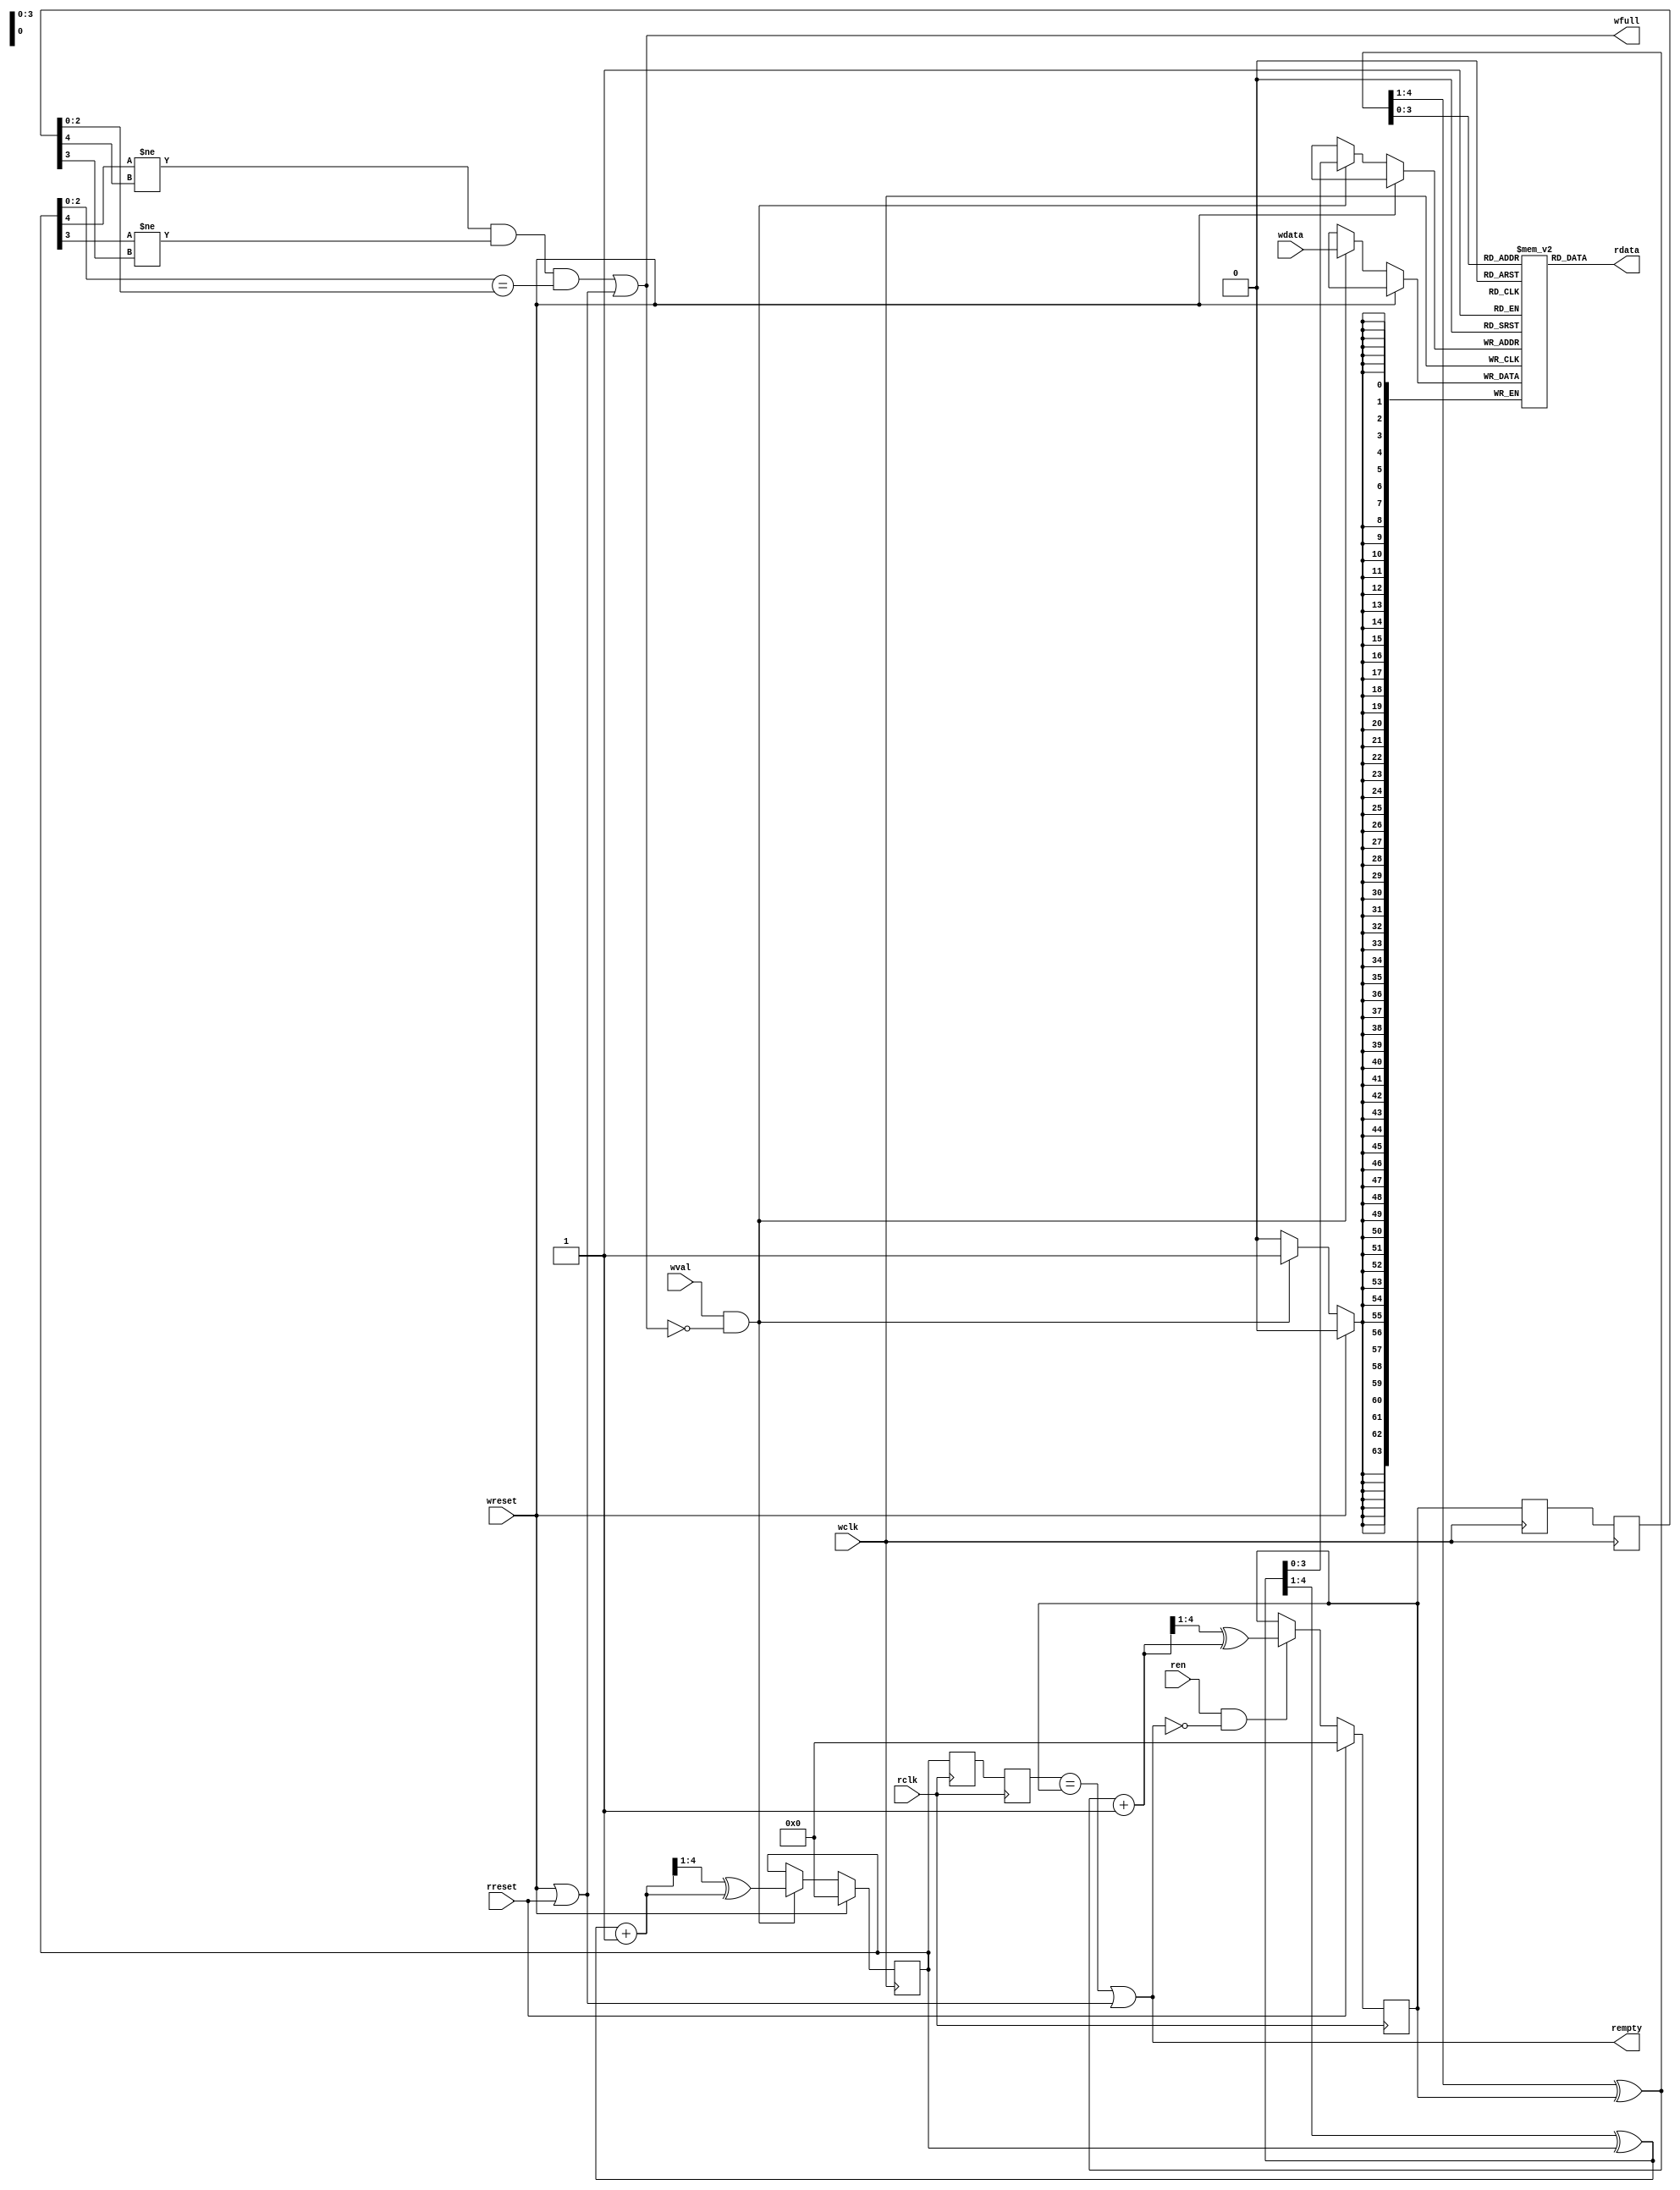
/*
Copyright (c) 2015 Princeton University
All rights reserved.

Redistribution and use in source and binary forms, with or without
modification, are permitted provided that the following conditions are met:
    * Redistributions of source code must retain the above copyright
      notice, this list of conditions and the following disclaimer.
    * Redistributions in binary form must reproduce the above copyright
      notice, this list of conditions and the following disclaimer in the
      documentation and/or other materials provided with the distribution.
    * Neither the name of Princeton University nor the
      names of its contributors may be used to endorse or promote products
      derived from this software without specific prior written permission.

THIS SOFTWARE IS PROVIDED BY PRINCETON UNIVERSITY "AS IS" AND
ANY EXPRESS OR IMPLIED WARRANTIES, INCLUDING, BUT NOT LIMITED TO, THE IMPLIED
WARRANTIES OF MERCHANTABILITY AND FITNESS FOR A PARTICULAR PURPOSE ARE
DISCLAIMED. IN NO EVENT SHALL PRINCETON UNIVERSITY BE LIABLE FOR ANY
DIRECT, INDIRECT, INCIDENTAL, SPECIAL, EXEMPLARY, OR CONSEQUENTIAL DAMAGES
(INCLUDING, BUT NOT LIMITED TO, PROCUREMENT OF SUBSTITUTE GOODS OR SERVICES;
LOSS OF USE, DATA, OR PROFITS; OR BUSINESS INTERRUPTION) HOWEVER CAUSED AND
ON ANY THEORY OF LIABILITY, WHETHER IN CONTRACT, STRICT LIABILITY, OR TORT
(INCLUDING NEGLIGENCE OR OTHERWISE) ARISING IN ANY WAY OUT OF THE USE OF THIS
SOFTWARE, EVEN IF ADVISED OF THE POSSIBILITY OF SUCH DAMAGE.
*/

/********************************************************************
 * 
 * Module encapsulates an asynchronus FIFO used for bridging signals
 * across clock domains, parameters allow for different sized modules
 * compatible with wide range of frequencies.
 *
 * * *******************************************************************/



module async_fifo 
#(
	parameter DSIZE = 64,
	parameter ASIZE = 5,
	parameter MEMSIZE = 16 // should be 2 ^ (ASIZE-1)
)
(
	rdata, 
	rempty,
	rclk,
	ren,
	wdata,
	wfull,
	wclk,
	wval,
	wreset,
	rreset
	);

//Inputs and Outputs
output  [DSIZE-1:0] 	rdata;
output			rempty;
output 			wfull;
input	[DSIZE-1:0]	wdata;
input			wval;
input			ren;
input			rclk;
input			wclk;
input 			wreset;
input			rreset;

//Internal Registers
reg	[ASIZE-1:0]	g_wptr;
reg	[ASIZE-1:0]	g_rptr;

reg	[ASIZE-1:0]	g_rsync1, g_rsync2;
reg	[ASIZE-1:0]	g_wsync1, g_wsync2;

//Memory
reg	[DSIZE-1:0] 	fifo[MEMSIZE-1:0];

wire [ASIZE-1:0] b_wptr;
wire [ASIZE-1:0] b_wptr_next;
wire [ASIZE-1:0] g_wptr_next;
wire [ASIZE-1:0] b_rptr;
wire [ASIZE-1:0] b_rptr_next;
wire [ASIZE-1:0] g_rptr_next;

/********************************************************************
COMBINATIONAL LOGIC
********************************************************************/

//convert gray to binary
assign b_wptr[ASIZE-1:0] = ({1'b0, b_wptr[ASIZE-1:1]} ^ g_wptr[ASIZE-1:0]);
assign b_rptr[ASIZE-1:0] = ({1'b0, b_rptr[ASIZE-1:1]} ^ g_rptr[ASIZE-1:0]);

//increment
assign b_wptr_next = b_wptr + 1;
assign b_rptr_next = b_rptr + 1;

//convert binary to gray
assign g_wptr_next[ASIZE-1:0] = {1'b0, b_wptr_next[ASIZE-1:1]} ^ b_wptr_next[ASIZE-1:0];
assign g_rptr_next[ASIZE-1:0] = {1'b0, b_rptr_next[ASIZE-1:1]} ^ b_rptr_next[ASIZE-1:0];

//full and empty signals
assign wfull =  (g_wptr[ASIZE-1]   != g_rsync2[ASIZE-1]  ) && 
		(g_wptr[ASIZE-2]   != g_rsync2[ASIZE-2]  ) &&
		(g_wptr[ASIZE-3:0] == g_rsync2[ASIZE-3:0]) ||
		(wreset || rreset);

assign rempty =  (g_wsync2[ASIZE-1:0] == g_rptr[ASIZE-1:0]) ||
	         (wreset || rreset);

//output values
assign rdata = fifo[b_rptr[ASIZE-2:0]];

/********************************************************************
SEQUENTIAL LOGIC
********************************************************************/

//transfer register values
always @(posedge rclk) begin
	if (rreset) begin
		g_rptr <= 0;
	end
	else if (ren && !rempty) begin
		g_rptr <= g_rptr_next;
	end

	g_wsync1 <= g_wptr;
	g_wsync2 <= g_wsync1;
end

always @(posedge wclk) begin
	if (wreset) begin
		g_wptr <= 0;
	end
	else if (wval && !wfull) begin
		fifo[b_wptr[ASIZE-2:0]] <= wdata;
		g_wptr <= g_wptr_next;
	end

	g_rsync1 <= g_rptr;
	g_rsync2 <= g_rsync1;

	
end

endmodule
// Copyright (c) 2015 Princeton University
// All rights reserved.
// 
// Redistribution and use in source and binary forms, with or without
// modification, are permitted provided that the following conditions are met:
//     * Redistributions of source code must retain the above copyright
//       notice, this list of conditions and the following disclaimer.
//     * Redistributions in binary form must reproduce the above copyright
//       notice, this list of conditions and the following disclaimer in the
//       documentation and/or other materials provided with the distribution.
//     * Neither the name of Princeton University nor the
//       names of its contributors may be used to endorse or promote products
//       derived from this software without specific prior written permission.
// 
// THIS SOFTWARE IS PROVIDED BY PRINCETON UNIVERSITY "AS IS" AND
// ANY EXPRESS OR IMPLIED WARRANTIES, INCLUDING, BUT NOT LIMITED TO, THE IMPLIED
// WARRANTIES OF MERCHANTABILITY AND FITNESS FOR A PARTICULAR PURPOSE ARE
// DISCLAIMED. IN NO EVENT SHALL PRINCETON UNIVERSITY BE LIABLE FOR ANY
// DIRECT, INDIRECT, INCIDENTAL, SPECIAL, EXEMPLARY, OR CONSEQUENTIAL DAMAGES
// (INCLUDING, BUT NOT LIMITED TO, PROCUREMENT OF SUBSTITUTE GOODS OR SERVICES;
// LOSS OF USE, DATA, OR PROFITS; OR BUSINESS INTERRUPTION) HOWEVER CAUSED AND
// ON ANY THEORY OF LIABILITY, WHETHER IN CONTRACT, STRICT LIABILITY, OR TORT
// (INCLUDING NEGLIGENCE OR OTHERWISE) ARISING IN ANY WAY OUT OF THE USE OF THIS
// SOFTWARE, EVEN IF ADVISED OF THE POSSIBILITY OF SUCH DAMAGE.

// Description: A simple wrapper to infer Xilinx BRAMs for SRAMs, modified to be synthesizable

module bram_1r1w_wrapper 
#(parameter NAME="", DEPTH=1, ADDR_WIDTH=1, BITMASK_WIDTH=1, DATA_WIDTH=1)
(
  input wire MEMCLK,
  input wire RESET_N,
  input wire CEA,
  input wire [ADDR_WIDTH-1:0] AA,
  input wire [ADDR_WIDTH-1:0] AB,

  input wire RDWENA,
  input wire CEB,
  input wire RDWENB,
  input wire [DATA_WIDTH-1:0] BWA,
  input wire [DATA_WIDTH-1:0] DINA,
  output reg [DATA_WIDTH-1:0] DOUTA,
  input wire [DATA_WIDTH-1:0] BWB,
  input wire [DATA_WIDTH-1:0] DINB,
  output wire [DATA_WIDTH-1:0] DOUTB
  // input wire [`BIST_OP_WIDTH-1:0] BIST_COMMAND,
  // input wire [`SRAM_WRAPPER_BUS_WIDTH-1:0] BIST_DIN,
  // output reg [`SRAM_WRAPPER_BUS_WIDTH-1:0] BIST_DOUT,
  // input wire [`BIST_ID_WIDTH-1:0] SRAMID
);

wire                            write_enable_in;
wire                            read_enable_in;

// Temporary storage for write data
reg                             write_enable_in_reg;
reg   [ADDR_WIDTH-1:0    ]      WRITE_ADDRESS_REG;
reg   [ADDR_WIDTH-1:0    ]      WRITE_ADDRESS_REG_muxed;
reg   [BITMASK_WIDTH-1:0 ]      WRITE_BIT_MASK_REG;
reg   [DATA_WIDTH-1:0    ]      DIN_r;
// reg   [DATA_WIDTH-1:0    ]      DOUTB_r;

reg                             read_enable_in_reg;

reg   [DATA_WIDTH-1:0    ]      bram_data_in_r;

wire                            bram_write_en;
reg                            bram_write_en_muxed;
wire                            bram_read_en;
wire                            bram_write_read_en;
reg  [DATA_WIDTH-1:0    ]      bram_data_write_read_out_reg;
reg  [DATA_WIDTH-1:0    ]      bram_data_read_out_reg;
reg  [DATA_WIDTH-1:0    ]      bram_data_in;
reg  [DATA_WIDTH-1:0    ]      bram_data_in_muxed;
wire  [DATA_WIDTH-1:0    ]      last_wrote_data;
wire                            rw_conflict;
reg                             rw_conflict_r;
wire                            ww_conflict;
reg                             ww_conflict_r;

/* renaming signals */
assign read_enable_in    = CEA & (RDWENA == 1'b1);
assign write_enable_in   = CEB & (RDWENB == 1'b0);
wire [ADDR_WIDTH-1:0    ] READ_ADDRESS = AA;
wire [ADDR_WIDTH-1:0    ] WRITE_ADDRESS = AB;
wire [BITMASK_WIDTH-1:0    ] WRITE_BIT_MASK = BWB;

// Intermediate logic for write processing
always @(posedge MEMCLK) begin
  write_enable_in_reg <= write_enable_in;
  WRITE_ADDRESS_REG   <= WRITE_ADDRESS;
  WRITE_BIT_MASK_REG  <= WRITE_BIT_MASK;
  DIN_r <= DINB;
  read_enable_in_reg  <= read_enable_in;
  bram_data_in_r <= bram_data_in;
  rw_conflict_r  <= rw_conflict;
  ww_conflict_r  <= ww_conflict;
  // DOUTB_r  <= DOUTB;
end

// determining read-write and write-write conflict for data bypassing
assign rw_conflict      = write_enable_in_reg & read_enable_in & (WRITE_ADDRESS_REG == READ_ADDRESS);
assign ww_conflict      = write_enable_in_reg & write_enable_in & (WRITE_ADDRESS_REG == WRITE_ADDRESS);
assign DOUTB = {DATA_WIDTH{1'bx}}; // port B is always used for write

// calculate the correct read and write data after accoutning for conflicts
always @ * begin
  bram_data_in = (DIN_r & WRITE_BIT_MASK_REG);
  if (ww_conflict_r)
    bram_data_in = bram_data_in | (bram_data_in_r & ~WRITE_BIT_MASK_REG);
  else
    bram_data_in = bram_data_in | (bram_data_write_read_out_reg & ~WRITE_BIT_MASK_REG);
  

  // note: DOUT retains value if read enable is not asserted
  // which is why default value is not set for DOUT
  if (read_enable_in_reg) begin
    DOUTA = bram_data_read_out_reg; 
    if (rw_conflict_r) begin
      DOUTA = bram_data_in_r;
    end
  end
end

// synthesizable BRAM
assign bram_write_en      = write_enable_in_reg;
assign bram_read_en         = (read_enable_in) & ~rw_conflict;             // do not read in case of a conflict
assign bram_write_read_en         = (write_enable_in) & ~ww_conflict;             // do not read in case of a conflict

reg [DATA_WIDTH-1:0] ram [DEPTH-1:0];
// reg [%d-1:0] bram_data_write_read_out_reg;
always @(posedge MEMCLK) begin
  if (bram_write_en_muxed) begin
    ram[WRITE_ADDRESS_REG_muxed] <= bram_data_in_muxed;
  end
  if (bram_read_en) begin
    bram_data_read_out_reg <= ram[READ_ADDRESS];
  end
  if (bram_write_read_en) begin
    bram_data_write_read_out_reg <= ram[WRITE_ADDRESS];
  end
end
// END BRAM


/* BIST logic for resetting RAM content to 0s on reset*/
localparam INIT_STATE = 1'd0;
localparam DONE_STATE  = 1'd1;

reg [ADDR_WIDTH-1:0] bist_index;
reg [ADDR_WIDTH-1:0] bist_index_next;
reg init_done;
reg init_done_next;

always @ (posedge MEMCLK)
begin
   if (!RESET_N)
   begin
      bist_index <= 0;
      init_done <= 0;
   end
   else
   begin
      bist_index <= bist_index_next;
      init_done <= init_done_next;
   end
end

always @ *
begin
   bist_index_next = init_done ? bist_index : bist_index + 1;
   init_done_next = ((|(~bist_index)) == 0) | init_done;
end

// MUX for BIST
always @ *
begin
   if (!init_done)
   begin
      WRITE_ADDRESS_REG_muxed = bist_index;
      bram_write_en_muxed = 1'b1;
      bram_data_in_muxed = {DATA_WIDTH{1'b0}};
   end
   else
   begin
      WRITE_ADDRESS_REG_muxed = WRITE_ADDRESS_REG;
      bram_write_en_muxed = bram_write_en;
      bram_data_in_muxed = bram_data_in;
   end
end


endmodule
// Copyright (c) 2015 Princeton University
// All rights reserved.
// 
// Redistribution and use in source and binary forms, with or without
// modification, are permitted provided that the following conditions are met:
//     * Redistributions of source code must retain the above copyright
//       notice, this list of conditions and the following disclaimer.
//     * Redistributions in binary form must reproduce the above copyright
//       notice, this list of conditions and the following disclaimer in the
//       documentation and/or other materials provided with the distribution.
//     * Neither the name of Princeton University nor the
//       names of its contributors may be used to endorse or promote products
//       derived from this software without specific prior written permission.
// 
// THIS SOFTWARE IS PROVIDED BY PRINCETON UNIVERSITY "AS IS" AND
// ANY EXPRESS OR IMPLIED WARRANTIES, INCLUDING, BUT NOT LIMITED TO, THE IMPLIED
// WARRANTIES OF MERCHANTABILITY AND FITNESS FOR A PARTICULAR PURPOSE ARE
// DISCLAIMED. IN NO EVENT SHALL PRINCETON UNIVERSITY BE LIABLE FOR ANY
// DIRECT, INDIRECT, INCIDENTAL, SPECIAL, EXEMPLARY, OR CONSEQUENTIAL DAMAGES
// (INCLUDING, BUT NOT LIMITED TO, PROCUREMENT OF SUBSTITUTE GOODS OR SERVICES;
// LOSS OF USE, DATA, OR PROFITS; OR BUSINESS INTERRUPTION) HOWEVER CAUSED AND
// ON ANY THEORY OF LIABILITY, WHETHER IN CONTRACT, STRICT LIABILITY, OR TORT
// (INCLUDING NEGLIGENCE OR OTHERWISE) ARISING IN ANY WAY OUT OF THE USE OF THIS
// SOFTWARE, EVEN IF ADVISED OF THE POSSIBILITY OF SUCH DAMAGE.

// Description: A simple wrapper to infer Xilinx BRAMs for SRAMs

module bram_1rw_wrapper 
#(parameter NAME="", DEPTH=1, ADDR_WIDTH=1, BITMASK_WIDTH=1, DATA_WIDTH=1)
(
    input                         MEMCLK,
    input wire RESET_N,
    input                         CE,
    input   [ADDR_WIDTH-1:0]      A,
    input                         RDWEN,
    input   [BITMASK_WIDTH-1:0]   BW,
    input   [DATA_WIDTH-1:0]      DIN,
    output  [DATA_WIDTH-1:0]      DOUT
);

wire                            write_en;
wire                            read_en;

// Temporary storage for write data
reg                             wen_r;
reg   [ADDR_WIDTH-1:0    ]      A_r;
reg   [BITMASK_WIDTH-1:0 ]      BW_r;
reg   [DATA_WIDTH-1:0    ]      DIN_r;
reg   [DATA_WIDTH-1:0    ]      DOUT_r;

reg                             ren_r;

reg   [DATA_WIDTH-1:0    ]      bram_data_in_r;

wire                            bram_wen;
wire                            bram_ren;
reg  [DATA_WIDTH-1:0    ]      bram_data_out;
wire  [DATA_WIDTH-1:0    ]      bram_data_in;
wire  [DATA_WIDTH-1:0    ]      up_to_date_data;
wire                            rw_conflict;
reg                             rw_conflict_r;



reg   [ADDR_WIDTH-1:0    ]      WRITE_ADDRESS_REG_muxed;
reg                            bram_write_en_muxed;
reg  [DATA_WIDTH-1:0    ]      bram_data_in_muxed;

assign write_en   = CE & (RDWEN == 1'b0);
assign read_en    = CE & (RDWEN == 1'b1);


// Intermediate logic for write processing
always @(posedge MEMCLK) begin
   wen_r <= write_en;
   A_r   <= A;
   BW_r  <= BW;
   DIN_r <= DIN;
end

always @(posedge MEMCLK) begin
  ren_r  <= read_en;
end

always @(posedge MEMCLK)
   bram_data_in_r <= bram_data_in;

always @(posedge MEMCLK)
   rw_conflict_r  <= rw_conflict;

always @(posedge MEMCLK)
  DOUT_r  <= DOUT;

assign bram_data_in = (up_to_date_data & ~BW_r) | (DIN_r & BW_r);

// processing of read in case if it just in the next cycle after read to the same address
assign rw_conflict      = wen_r & CE & (A_r == A);                         // read or write to the same address
assign up_to_date_data  = rw_conflict_r ? bram_data_in_r : bram_data_out;  // delay of mem is 1 cycle
assign bram_ren         = (read_en | write_en) & ~rw_conflict;             // do not read in case of a conflict
                                                                        // to make behaviour of a memory robust
assign bram_wen      = wen_r;

assign DOUT          = ren_r ? up_to_date_data : DOUT_r;

// BRAM
reg [DATA_WIDTH-1:0] ram [DEPTH-1:0];
// reg [%d-1:0] bram_data_out;
always @(posedge MEMCLK) begin
  if (bram_write_en_muxed) begin
      ram[WRITE_ADDRESS_REG_muxed] <= bram_data_in_muxed;
  end
  if (bram_ren) begin
    bram_data_out <= ram[A];
  end
end
// END BRAM

 // undefined by default

/* BIST logic for resetting RAM content to 0s on reset*/
localparam INIT_STATE = 1'd0;
localparam DONE_STATE  = 1'd1;

reg [ADDR_WIDTH-1:0] bist_index;
reg [ADDR_WIDTH-1:0] bist_index_next;
reg init_done;
reg init_done_next;

always @ (posedge MEMCLK)
begin
   if (!RESET_N)
   begin
      bist_index <= 0;
      init_done <= 0;
   end
   else
   begin
      bist_index <= bist_index_next;
      init_done <= init_done_next;
   end
end

always @ *
begin
   bist_index_next = init_done ? bist_index : bist_index + 1;
   init_done_next = ((|(~bist_index)) == 0) | init_done;
end

// MUX for BIST
always @ *
begin
   if (!init_done)
   begin
      WRITE_ADDRESS_REG_muxed = bist_index;
      bram_write_en_muxed = 1'b1;
      bram_data_in_muxed = {DATA_WIDTH{1'b0}};
   end
   else
   begin
      WRITE_ADDRESS_REG_muxed = A_r;
      bram_write_en_muxed = bram_wen;
      bram_data_in_muxed = bram_data_in;
   end
end













endmodule
// Copyright (c) 2015 Princeton University
// All rights reserved.
//
// Redistribution and use in source and binary forms, with or without
// modification, are permitted provided that the following conditions are met:
//     * Redistributions of source code must retain the above copyright
//       notice, this list of conditions and the following disclaimer.
//     * Redistributions in binary form must reproduce the above copyright
//       notice, this list of conditions and the following disclaimer in the
//       documentation and/or other materials provided with the distribution.
//     * Neither the name of Princeton University nor the
//       names of its contributors may be used to endorse or promote products
//       derived from this software without specific prior written permission.
//
// THIS SOFTWARE IS PROVIDED BY PRINCETON UNIVERSITY "AS IS" AND
// ANY EXPRESS OR IMPLIED WARRANTIES, INCLUDING, BUT NOT LIMITED TO, THE IMPLIED
// WARRANTIES OF MERCHANTABILITY AND FITNESS FOR A PARTICULAR PURPOSE ARE
// DISCLAIMED. IN NO EVENT SHALL PRINCETON UNIVERSITY BE LIABLE FOR ANY
// DIRECT, INDIRECT, INCIDENTAL, SPECIAL, EXEMPLARY, OR CONSEQUENTIAL DAMAGES
// (INCLUDING, BUT NOT LIMITED TO, PROCUREMENT OF SUBSTITUTE GOODS OR SERVICES;
// LOSS OF USE, DATA, OR PROFITS; OR BUSINESS INTERRUPTION) HOWEVER CAUSED AND
// ON ANY THEORY OF LIABILITY, WHETHER IN CONTRACT, STRICT LIABILITY, OR TORT
// (INCLUDING NEGLIGENCE OR OTHERWISE) ARISING IN ANY WAY OUT OF THE USE OF THIS
// SOFTWARE, EVEN IF ADVISED OF THE POSSIBILITY OF SUCH DAMAGE.

//==================================================================================================
//  Revision      :
//  Company       : Princeton University
//
//  Description   :
//==================================================================================================





module synchronizer (
    clk,
    presyncdata,
    syncdata
    );

// synopsys template
parameter SIZE = 1;

input wire clk;
input wire [SIZE-1:0] presyncdata;
output reg [SIZE-1:0] syncdata;













  reg [SIZE-1:0] presyncdata_tmp;



    // bw_u1_syncff_4x u_synchronizer_syncff [SIZE-1:0](.q(presyncdata_tmp),
    //                  .so(),
    //                  .ck(clk),
    //                  .d(presyncdata),
    //                  .sd(),
    //                  .se(1'b0)
    //                  );

    // bw_u1_soff_2x u_synchronizer_ff[SIZE-1:0] (.q(syncdata),
    //                  .so(),
    //                  .ck(clk),
    //                  .d(presyncdata_tmp),
    //                  .sd(),
    //                  .se(1'b0)
    //                  );

always @ (posedge clk)
begin
    presyncdata_tmp <= presyncdata;
    syncdata        <= presyncdata_tmp;
end

endmodule

/*
Copyright (c) 2015 Princeton University
All rights reserved.

Redistribution and use in source and binary forms, with or without
modification, are permitted provided that the following conditions are met:
    * Redistributions of source code must retain the above copyright
      notice, this list of conditions and the following disclaimer.
    * Redistributions in binary form must reproduce the above copyright
      notice, this list of conditions and the following disclaimer in the
      documentation and/or other materials provided with the distribution.
    * Neither the name of Princeton University nor the
      names of its contributors may be used to endorse or promote products
      derived from this software without specific prior written permission.

THIS SOFTWARE IS PROVIDED BY PRINCETON UNIVERSITY "AS IS" AND
ANY EXPRESS OR IMPLIED WARRANTIES, INCLUDING, BUT NOT LIMITED TO, THE IMPLIED
WARRANTIES OF MERCHANTABILITY AND FITNESS FOR A PARTICULAR PURPOSE ARE
DISCLAIMED. IN NO EVENT SHALL PRINCETON UNIVERSITY BE LIABLE FOR ANY
DIRECT, INDIRECT, INCIDENTAL, SPECIAL, EXEMPLARY, OR CONSEQUENTIAL DAMAGES
(INCLUDING, BUT NOT LIMITED TO, PROCUREMENT OF SUBSTITUTE GOODS OR SERVICES;
LOSS OF USE, DATA, OR PROFITS; OR BUSINESS INTERRUPTION) HOWEVER CAUSED AND
ON ANY THEORY OF LIABILITY, WHETHER IN CONTRACT, STRICT LIABILITY, OR TORT
(INCLUDING NEGLIGENCE OR OTHERWISE) ARISING IN ANY WAY OUT OF THE USE OF THIS
SOFTWARE, EVEN IF ADVISED OF THE POSSIBILITY OF SUCH DAMAGE.
*/

//==================================================================================================
//  Revision      :
//  Company       : Princeton University
//
//  Description   : A replacement for async fifo in case it doesn't work
//  Note          : It uses positive reset to be consistant with Sam's async fifo
//
//==================================================================================================


module sync_fifo 
#(
	parameter DSIZE = 64,
	parameter ASIZE = 5,
	parameter MEMSIZE = 16 // should be 2 ^ (ASIZE-1)
)
(
	rdata, 
	empty,
	clk,
	ren,
	wdata,
	full,
	wval,
	reset
	);

//Inputs and Outputs
output reg [DSIZE-1:0] 	rdata;
output reg			empty;
output reg			full;
input	[DSIZE-1:0]	wdata;
input			wval;
input			ren;
input			clk;
input 			reset;


reg [DSIZE-1:0] sync_buf_mem_f [MEMSIZE-1:0];
reg [ASIZE:0] sync_buf_counter_f;
reg [ASIZE:0] sync_buf_counter_next;
reg [ASIZE-2:0] sync_rd_ptr_f;
reg [ASIZE-2:0] sync_rd_ptr_next;
reg [ASIZE-2:0] sync_wr_ptr_f;
reg [ASIZE-2:0] sync_wr_ptr_next;

always @ *
begin
    empty = (sync_buf_counter_f == 0);
    full =  (sync_buf_counter_f ==  MEMSIZE);
end

always @ *
begin
    if (reset)
    begin
        sync_buf_counter_next = 0;
    end
    else if ((wval && !full) && (ren && !empty))
    begin
        sync_buf_counter_next = sync_buf_counter_f;
    end
    else if (wval && !full)
    begin
        sync_buf_counter_next = sync_buf_counter_f + 1;
    end
    else if (ren && !empty)
    begin
        sync_buf_counter_next = sync_buf_counter_f - 1;
    end
    else
    begin
        sync_buf_counter_next = sync_buf_counter_f;
    end
end


always @ (posedge clk)
begin
    sync_buf_counter_f <= sync_buf_counter_next;
end


always @ *
begin
    if (reset)
    begin   
        sync_rd_ptr_next = 0;
    end
    else if (ren && !empty)
    begin
        sync_rd_ptr_next = sync_rd_ptr_f + 1;
    end
    else
    begin
        sync_rd_ptr_next = sync_rd_ptr_f;
    end
end

always @ (posedge clk)
begin
    sync_rd_ptr_f <= sync_rd_ptr_next;
end

always @ *
begin
    if (reset)
    begin   
        sync_wr_ptr_next = 0;
    end
    else if (wval && !full)
    begin
        sync_wr_ptr_next = sync_wr_ptr_f + 1;
    end
    else
    begin
        sync_wr_ptr_next = sync_wr_ptr_f;
    end
end


always @ (posedge clk)
begin
    sync_wr_ptr_f <= sync_wr_ptr_next;
end

always @ *
begin
    rdata = sync_buf_mem_f[sync_rd_ptr_f];
end

always @ (posedge clk)
begin
    if (wval && !full)
    begin
        sync_buf_mem_f[sync_wr_ptr_f] <= wdata;
    end
    else
    begin 
        sync_buf_mem_f[sync_wr_ptr_f] <= sync_buf_mem_f[sync_wr_ptr_f];
    end
end



endmodule
/*
Copyright (c) 2015 Princeton University
All rights reserved.

Redistribution and use in source and binary forms, with or without
modification, are permitted provided that the following conditions are met:
    * Redistributions of source code must retain the above copyright
      notice, this list of conditions and the following disclaimer.
    * Redistributions in binary form must reproduce the above copyright
      notice, this list of conditions and the following disclaimer in the
      documentation and/or other materials provided with the distribution.
    * Neither the name of Princeton University nor the
      names of its contributors may be used to endorse or promote products
      derived from this software without specific prior written permission.

THIS SOFTWARE IS PROVIDED BY PRINCETON UNIVERSITY "AS IS" AND
ANY EXPRESS OR IMPLIED WARRANTIES, INCLUDING, BUT NOT LIMITED TO, THE IMPLIED
WARRANTIES OF MERCHANTABILITY AND FITNESS FOR A PARTICULAR PURPOSE ARE
DISCLAIMED. IN NO EVENT SHALL PRINCETON UNIVERSITY BE LIABLE FOR ANY
DIRECT, INDIRECT, INCIDENTAL, SPECIAL, EXEMPLARY, OR CONSEQUENTIAL DAMAGES
(INCLUDING, BUT NOT LIMITED TO, PROCUREMENT OF SUBSTITUTE GOODS OR SERVICES;
LOSS OF USE, DATA, OR PROFITS; OR BUSINESS INTERRUPTION) HOWEVER CAUSED AND
ON ANY THEORY OF LIABILITY, WHETHER IN CONTRACT, STRICT LIABILITY, OR TORT
(INCLUDING NEGLIGENCE OR OTHERWISE) ARISING IN ANY WAY OUT OF THE USE OF THIS
SOFTWARE, EVEN IF ADVISED OF THE POSSIBILITY OF SUCH DAMAGE.
*/

/********************************************************************
 * 
 * Module encapsulates the off chip receive interface for networks 
 * 1, 2 and 3. packets received are 64 bits wide, received in 2 
 * 32-bit payloads.
 *
 *******************************************************************/

// Copyright (c) 2015 Princeton University
// All rights reserved.
//
// Redistribution and use in source and binary forms, with or without
// modification, are permitted provided that the following conditions are met:
//     * Redistributions of source code must retain the above copyright
//       notice, this list of conditions and the following disclaimer.
//     * Redistributions in binary form must reproduce the above copyright
//       notice, this list of conditions and the following disclaimer in the
//       documentation and/or other materials provided with the distribution.
//     * Neither the name of Princeton University nor the
//       names of its contributors may be used to endorse or promote products
//       derived from this software without specific prior written permission.
//
// THIS SOFTWARE IS PROVIDED BY PRINCETON UNIVERSITY "AS IS" AND
// ANY EXPRESS OR IMPLIED WARRANTIES, INCLUDING, BUT NOT LIMITED TO, THE IMPLIED
// WARRANTIES OF MERCHANTABILITY AND FITNESS FOR A PARTICULAR PURPOSE ARE
// DISCLAIMED. IN NO EVENT SHALL PRINCETON UNIVERSITY BE LIABLE FOR ANY
// DIRECT, INDIRECT, INCIDENTAL, SPECIAL, EXEMPLARY, OR CONSEQUENTIAL DAMAGES
// (INCLUDING, BUT NOT LIMITED TO, PROCUREMENT OF SUBSTITUTE GOODS OR SERVICES;
// LOSS OF USE, DATA, OR PROFITS; OR BUSINESS INTERRUPTION) HOWEVER CAUSED AND
// ON ANY THEORY OF LIABILITY, WHETHER IN CONTRACT, STRICT LIABILITY, OR TORT
// (INCLUDING NEGLIGENCE OR OTHERWISE) ARISING IN ANY WAY OUT OF THE USE OF THIS
// SOFTWARE, EVEN IF ADVISED OF THE POSSIBILITY OF SUCH DAMAGE.

// Header file for FPGA and system level macros

// Generally, if doing FPGA synth, certain things
// are not needed or are fixed, always.  These
// can be used for other purposes though



 // endif PITON_FPGA_SYNTH

// If we are doing FPGA prototype,
// at least for now, all prototypes
// include chip+chipset in same FPGA,
// include a real io_ctrl module,
// include a UART (not necessarily for boot),
// and include an SPI (not always used for boot,
// but for top-level constraints I/Os are needed)
// so the following macros always apply







































 // PITON_NOC_POWER_CHIPSET_TEST

// If we are synthesizing chipset
// for use with piton ASIC, we need
// these macros







 // endif PITON_ASIC_CHIPSET






  // PITON_BOARD_CHIPSET

// If we are synthesizing the chip
// only for FPGA, we need to use these
// macros






    
 // endif PITON_CLKS_PASSTHRU
 // endif PITON_CLKS_CHIPSET














// Nexys4ddr and NexysVideo has single ended clock input

// Reset is active high on VC707 and VCU118















// If PITON_FPGA_SD_BOOT is set we should always include SPI


 // endif PITON_FPGA_SD_BOOT

// If PITONSYS_UART_BOOT is set, we should always include a UART


 // endif PITONSYS_UART_BOOT







`timescale 1ns/1ps

module chip_bridge_in (
    rst, 
    wr_clk,
    rd_clk,
    async_mux,
    bout_data_1,
    bout_val_1,
    bout_rdy_1,
    bout_data_2,
    bout_val_2,
    bout_rdy_2,
    bout_data_3,
    bout_val_3,
    bout_rdy_3,
    data_from_fpga,
    data_channel,
    credit_to_fpga
); 

input rst;
input wr_clk;
input rd_clk;
input async_mux;
input bout_rdy_1;
input bout_rdy_2;
input bout_rdy_3;
input [31:0] data_from_fpga;
input [ 1:0] data_channel;

output [63:0]   bout_data_1;
output          bout_val_1;
output [63:0]   bout_data_2;
output          bout_val_2;
output [63:0]   bout_data_3;
output          bout_val_3;
output [2:0]    credit_to_fpga;


wire [63:0] async_bout_data_1;
wire [63:0] async_bout_data_2;
wire [63:0] async_bout_data_3;

wire [63:0] sync_bout_data_1;
wire [63:0] sync_bout_data_2;
wire [63:0] sync_bout_data_3;

wire sort_rdy_1;
wire sort_rdy_2;
wire sort_rdy_3;


wire [63:0] sort_data_1;
wire [63:0] sort_data_2;
wire [63:0] sort_data_3;

wire sort_val_1;
wire sort_val_2;
wire sort_val_3;

wire fifo1_empty;
wire fifo2_empty;
wire fifo3_empty;

wire async_fifo1_empty;
wire async_fifo2_empty;
wire async_fifo3_empty;

wire sync_fifo1_empty;
wire sync_fifo2_empty;
wire sync_fifo3_empty;


wire fifo1_full;
wire fifo2_full;
wire fifo3_full;
wire credit_fifo_full;

wire async_fifo1_full;
wire async_fifo2_full;
wire async_fifo3_full;
wire async_credit_fifo_full;

wire sync_fifo1_full;
wire sync_fifo2_full;
wire sync_fifo3_full;
wire sync_credit_fifo_full;

assign bout_val_1 = ~fifo1_empty & ~credit_fifo_full;
assign bout_val_2 = ~fifo2_empty & ~credit_fifo_full;
assign bout_val_3 = ~fifo3_empty & ~credit_fifo_full;


reg [31:0] channel_buffer;
reg [0:0]  channel_buffer_count;
wire [63:0] buffered_data;
reg [1:0] buffered_channel;




















/*********************************************************
//credit FIFO boot system
*********************************************************/

assign sort_data_1 = (buffered_channel == 2'b01 && channel_buffer_count == 1'b1) ? buffered_data : 64'd0;
assign sort_data_2 = (buffered_channel == 2'b10 && channel_buffer_count == 1'b1) ? buffered_data : 64'd0;
assign sort_data_3 = (buffered_channel == 2'b11 && channel_buffer_count == 1'b1) ? buffered_data : 64'd0;


assign sort_val_1  = (buffered_channel == 2'b01 && channel_buffer_count == 1'b1) ? 1'b1 : 1'b0;
assign sort_val_2  = (buffered_channel == 2'b10 && channel_buffer_count == 1'b1) ? 1'b1 : 1'b0;
assign sort_val_3  = (buffered_channel == 2'b11 && channel_buffer_count == 1'b1) ? 1'b1 : 1'b0;

/*********************************************************
//buffer broken up flits
*********************************************************/
assign buffered_data = {data_from_fpga, channel_buffer};

always @(posedge wr_clk) begin


 // ifndef PITON_PROTO
    if(rst) begin

        channel_buffer <= 32'd0;
        channel_buffer_count <= 0;
    end
    else begin
        if(data_channel != 0) begin //do not store data if no channel is assigned
            channel_buffer <= data_from_fpga;
            buffered_channel <= data_channel;
            channel_buffer_count <= channel_buffer_count + 1'b1;
        end
        else begin
            buffered_channel <= data_channel;
            channel_buffer_count <= 1'b0;
        end
    end
end

//input-output fixed to 64 bits
/*********************************************************
//data FIFOs
*********************************************************/













 // ifndef PITON_PROTO
async_fifo #(
.DSIZE(64),
.ASIZE(5),
.MEMSIZE(16) )
async_fifo_1(
    .rreset(rst),
    .wreset(rst),
    .wclk(wr_clk),
    .rclk(rd_clk),
    .ren(bout_rdy_1 & ~credit_fifo_full & async_mux),
    .wval(sort_val_1 & async_mux),
    .wdata(sort_data_1),
    .rdata(async_bout_data_1),
    .wfull(async_fifo1_full), //credit system should prevent this from ever being full
    .rempty(async_fifo1_empty)
);
 // endif PITON_PROTO













 //ifndef PITON_PROTO
async_fifo #(
.DSIZE(64),
.ASIZE(5),
.MEMSIZE(16) )
async_fifo_2(
    .rreset(rst),
    .wreset(rst),
    .wclk(wr_clk),
    .rclk(rd_clk),
    .ren(bout_rdy_2 & ~credit_fifo_full & async_mux),
    .wval(sort_val_2 & async_mux),
    .wdata(sort_data_2),
    .rdata(async_bout_data_2),
    .wfull(async_fifo2_full), //credit system should prevent this from ever being full
    .rempty(async_fifo2_empty)
);
 // endif PITON_PROTO














 // ifndef PITON_PROTO
async_fifo #(
.DSIZE(64),
.ASIZE(5),
.MEMSIZE(16) )
async_fifo_3(
    .rreset(rst),
    .wreset(rst),
    .wclk(wr_clk),
    .rclk(rd_clk),
    .ren(bout_rdy_3 & ~credit_fifo_full & async_mux),
    .wval(sort_val_3 & async_mux),
    .wdata(sort_data_3),
    .rdata(async_bout_data_3),
    .wfull(async_fifo3_full), //credit system should prevent this from ever being full
    .rempty(async_fifo3_empty)
);
 // endif PITON_PROTO
















 // ifndef PITON_PROTO
sync_fifo #(
.DSIZE(64),
.ASIZE(5),
.MEMSIZE(16) )
sync_fifo_1(
    .reset(rst),
    .clk(wr_clk),
    .ren(bout_rdy_1 & ~credit_fifo_full & ~async_mux),
    .wval(sort_val_1 & ~async_mux),
    .wdata(sort_data_1),
    .rdata(sync_bout_data_1),
    .full(sync_fifo1_full), //credit system should prevent this from ever being full
    .empty(sync_fifo1_empty)
);
 //endif PITON_PROTO
















 // ifndef PITON_PROTO
sync_fifo #(
.DSIZE(64),
.ASIZE(5),
.MEMSIZE(16) )
sync_fifo_2(
    .reset(rst),
    .clk(wr_clk),
    .ren(bout_rdy_2 & ~credit_fifo_full & ~async_mux),
    .wval(sort_val_2 & ~async_mux),
    .wdata(sort_data_2),
    .rdata(sync_bout_data_2),
    .full(sync_fifo2_full), //credit system should prevent this from ever being full
    .empty(sync_fifo2_empty)
);
 // endif PITON_PROTO
















 // ifndef PITON_PROTO
sync_fifo #(
.DSIZE(64),
.ASIZE(5),
.MEMSIZE(16) )
sync_fifo_3(
    .reset(rst),
    .clk(wr_clk),
    .ren(bout_rdy_3 & ~credit_fifo_full & ~async_mux),
    .wval(sort_val_3 & ~async_mux),
    .wdata(sort_data_3),
    .rdata(sync_bout_data_3),
    .full(sync_fifo3_full), //credit system should prevent this from ever being full
    .empty(sync_fifo3_empty)
);
 // endif PITON_PROTO

assign fifo1_full = async_mux ? async_fifo1_full : sync_fifo1_full;
assign fifo2_full = async_mux ? async_fifo2_full : sync_fifo2_full;
assign fifo3_full = async_mux ? async_fifo3_full : sync_fifo3_full;

assign fifo1_empty = async_mux ? async_fifo1_empty : sync_fifo1_empty;
assign fifo2_empty = async_mux ? async_fifo2_empty : sync_fifo2_empty;
assign fifo3_empty = async_mux ? async_fifo3_empty : sync_fifo3_empty;

assign bout_data_1 = async_mux ? async_bout_data_1 : sync_bout_data_1;
assign bout_data_2 = async_mux ? async_bout_data_2 : sync_bout_data_2;
assign bout_data_3 = async_mux ? async_bout_data_3 : sync_bout_data_3;


/*********************************************************
//credit FIFO
*********************************************************/

wire [2:0] credit_gather;
wire credit_empty;
wire async_credit_empty;
wire sync_credit_empty;

wire [2:0] credit_fifo_out;
wire [2:0] async_credit_fifo_out;
wire [2:0] sync_credit_fifo_out;

reg  [2:0] credit_to_fpga_r /* synthesis iob = true */;

//FIFO used for bridging credits between clock domains













 // ifndef PITON_PROTO
async_fifo #(
.DSIZE(3),
.ASIZE(5),
.MEMSIZE(16) )
async_credit_fifo(
    .rreset(rst),
    .wreset(rst),
    .wclk(rd_clk),
    .rclk(wr_clk),
    .ren(~rst & async_mux),
    .wval(~(rst) & (| credit_gather) & async_mux),
    .wdata(credit_gather),
    .rdata(async_credit_fifo_out),
    .wfull(async_credit_fifo_full),   
    .rempty(async_credit_empty)
);
 //endif PITON_PROTO
















 // ifndef PITON_PROTO
sync_fifo #(
.DSIZE(3),
.ASIZE(5),
.MEMSIZE(16) )
sync_credit_fifo(
    .reset(rst),
    .clk(wr_clk),
    .ren(~rst & ~async_mux),
    .wval(~(rst) & (| credit_gather) & ~async_mux),
    .wdata(credit_gather),
    .rdata(sync_credit_fifo_out),
    .full(sync_credit_fifo_full),   
    .empty(sync_credit_empty)
);
 // endif PITON_PROTO

assign credit_fifo_out = async_mux ? async_credit_fifo_out : sync_credit_fifo_out;
assign credit_fifo_full = async_mux ? async_credit_fifo_full : sync_credit_fifo_full;
assign credit_empty = async_mux ? async_credit_empty: sync_credit_empty;

assign credit_to_fpga = credit_to_fpga_r;

assign credit_gather[0] = bout_rdy_1 & bout_val_1;
assign credit_gather[1] = bout_rdy_2 & bout_val_2;
assign credit_gather[2] = bout_rdy_3 & bout_val_3;

/****************************************************
 channel side sequential logic 
 ****************************************************/
always@(posedge wr_clk) begin


 // ifndef PITON_PROTO
   if(rst) begin
 // endif PITON_PROTO
        credit_to_fpga_r <= 3'b000;       
   end
   else begin
       if(~credit_empty) begin 
           credit_to_fpga_r <= credit_fifo_out;
       end
       else
           credit_to_fpga_r <= 3'b000;       
   end 
end

endmodule

/*
Copyright (c) 2015 Princeton University
All rights reserved.

Redistribution and use in source and binary forms, with or without
modification, are permitted provided that the following conditions are met:
    * Redistributions of source code must retain the above copyright
      notice, this list of conditions and the following disclaimer.
    * Redistributions in binary form must reproduce the above copyright
      notice, this list of conditions and the following disclaimer in the
      documentation and/or other materials provided with the distribution.
    * Neither the name of Princeton University nor the
      names of its contributors may be used to endorse or promote products
      derived from this software without specific prior written permission.

THIS SOFTWARE IS PROVIDED BY PRINCETON UNIVERSITY "AS IS" AND
ANY EXPRESS OR IMPLIED WARRANTIES, INCLUDING, BUT NOT LIMITED TO, THE IMPLIED
WARRANTIES OF MERCHANTABILITY AND FITNESS FOR A PARTICULAR PURPOSE ARE
DISCLAIMED. IN NO EVENT SHALL PRINCETON UNIVERSITY BE LIABLE FOR ANY
DIRECT, INDIRECT, INCIDENTAL, SPECIAL, EXEMPLARY, OR CONSEQUENTIAL DAMAGES
(INCLUDING, BUT NOT LIMITED TO, PROCUREMENT OF SUBSTITUTE GOODS OR SERVICES;
LOSS OF USE, DATA, OR PROFITS; OR BUSINESS INTERRUPTION) HOWEVER CAUSED AND
ON ANY THEORY OF LIABILITY, WHETHER IN CONTRACT, STRICT LIABILITY, OR TORT
(INCLUDING NEGLIGENCE OR OTHERWISE) ARISING IN ANY WAY OUT OF THE USE OF THIS
SOFTWARE, EVEN IF ADVISED OF THE POSSIBILITY OF SUCH DAMAGE.
*/

/********************************************************************
 * 
 * Module encapsulates the off chip interface for networks 1, 2 and 3
 * channel is 32 bits wide, splitting flits into two parts before send
 * relies on arbitration logic in chip_net_chooser.v
 *
 *******************************************************************/

// Copyright (c) 2015 Princeton University
// All rights reserved.
//
// Redistribution and use in source and binary forms, with or without
// modification, are permitted provided that the following conditions are met:
//     * Redistributions of source code must retain the above copyright
//       notice, this list of conditions and the following disclaimer.
//     * Redistributions in binary form must reproduce the above copyright
//       notice, this list of conditions and the following disclaimer in the
//       documentation and/or other materials provided with the distribution.
//     * Neither the name of Princeton University nor the
//       names of its contributors may be used to endorse or promote products
//       derived from this software without specific prior written permission.
//
// THIS SOFTWARE IS PROVIDED BY PRINCETON UNIVERSITY "AS IS" AND
// ANY EXPRESS OR IMPLIED WARRANTIES, INCLUDING, BUT NOT LIMITED TO, THE IMPLIED
// WARRANTIES OF MERCHANTABILITY AND FITNESS FOR A PARTICULAR PURPOSE ARE
// DISCLAIMED. IN NO EVENT SHALL PRINCETON UNIVERSITY BE LIABLE FOR ANY
// DIRECT, INDIRECT, INCIDENTAL, SPECIAL, EXEMPLARY, OR CONSEQUENTIAL DAMAGES
// (INCLUDING, BUT NOT LIMITED TO, PROCUREMENT OF SUBSTITUTE GOODS OR SERVICES;
// LOSS OF USE, DATA, OR PROFITS; OR BUSINESS INTERRUPTION) HOWEVER CAUSED AND
// ON ANY THEORY OF LIABILITY, WHETHER IN CONTRACT, STRICT LIABILITY, OR TORT
// (INCLUDING NEGLIGENCE OR OTHERWISE) ARISING IN ANY WAY OUT OF THE USE OF THIS
// SOFTWARE, EVEN IF ADVISED OF THE POSSIBILITY OF SUCH DAMAGE.

// Header file for FPGA and system level macros

// Generally, if doing FPGA synth, certain things
// are not needed or are fixed, always.  These
// can be used for other purposes though



 // endif PITON_FPGA_SYNTH

// If we are doing FPGA prototype,
// at least for now, all prototypes
// include chip+chipset in same FPGA,
// include a real io_ctrl module,
// include a UART (not necessarily for boot),
// and include an SPI (not always used for boot,
// but for top-level constraints I/Os are needed)
// so the following macros always apply







































 // PITON_NOC_POWER_CHIPSET_TEST

// If we are synthesizing chipset
// for use with piton ASIC, we need
// these macros







 // endif PITON_ASIC_CHIPSET






  // PITON_BOARD_CHIPSET

// If we are synthesizing the chip
// only for FPGA, we need to use these
// macros






    
 // endif PITON_CLKS_PASSTHRU
 // endif PITON_CLKS_CHIPSET














// Nexys4ddr and NexysVideo has single ended clock input

// Reset is active high on VC707 and VCU118















// If PITON_FPGA_SD_BOOT is set we should always include SPI


 // endif PITON_FPGA_SD_BOOT

// If PITONSYS_UART_BOOT is set, we should always include a UART


 // endif PITONSYS_UART_BOOT







`timescale 1ns/1ps

module chip_bridge_out (
    rst, 
    wr_clk,
    rd_clk,
    async_mux,
    bin_data_1,
    bin_val_1,
    bin_rdy_1,
    bin_data_2,
    bin_val_2,
    bin_rdy_2,
    bin_data_3,
    bin_val_3,
    bin_rdy_3,
    data_to_fpga,
    data_channel,
    credit_from_fpga
);  

input rst;
input wr_clk;
input rd_clk;
input async_mux;

output          bin_rdy_1;
output          bin_rdy_2;
output          bin_rdy_3;
output [31:0]   data_to_fpga;
output [ 1:0]    data_channel;

input [63:0]    bin_data_1;
input           bin_val_1;
input [63:0]    bin_data_2;
input           bin_val_2;
input [63:0]    bin_data_3;
input           bin_val_3;
input [2:0]     credit_from_fpga;

wire network_rdy_1;
wire network_rdy_2;
wire network_rdy_3;

wire fifo1_full;
wire fifo2_full;
wire fifo3_full;

wire [63:0] network_data_1;
wire [63:0] network_data_2;
wire [63:0] network_data_3;

wire network_val_1;
wire network_val_2;
wire network_val_3;

wire async_fifo1_full;
wire async_fifo2_full;
wire async_fifo3_full;

wire [63:0] async_network_data_1;
wire [63:0] async_network_data_2;
wire [63:0] async_network_data_3;

wire async_network_val_1;
wire async_network_val_2;
wire async_network_val_3;

wire sync_fifo1_full;
wire sync_fifo2_full;
wire sync_fifo3_full;

wire [63:0] sync_network_data_1;
wire [63:0] sync_network_data_2;
wire [63:0] sync_network_data_3;

wire sync_network_val_1;
wire sync_network_val_2;
wire sync_network_val_3;


wire [63:0] data_to_serial_buffer;
reg  [31:0] serial_buffer_data;
reg  [31:0] serial_buffer_data_f /* synthesis iob = true */;
reg   [0:0] serial_buffer_data_counter;
wire  [1:0] channel_to_serial_buffer;
reg   [1:0] serial_buffer_channel /* synthesis iob = true */;
reg   [1:0] serial_buffer_channel_dup /* synthesis dont_touch = true */;



















assign bin_rdy_1 = ~fifo1_full; 
assign bin_rdy_2 = ~fifo2_full; 
assign bin_rdy_3 = ~fifo3_full; 

assign data_to_fpga = serial_buffer_data_f;
assign data_channel = serial_buffer_channel;

bridge_network_chooser separator(


 // ifndef PITON_PROTO
    .rst    (rst),

    .clk    (rd_clk),
    .data_out(data_to_serial_buffer),
    .data_channel(channel_to_serial_buffer),
    .din_1  (network_data_1),
    .rdy_1  (network_rdy_1),
    .val_1  (~network_val_1),
    .din_2  (network_data_2),
    .rdy_2  (network_rdy_2),
    .val_2  (~network_val_2),
    .din_3  (network_data_3),
    .rdy_3  (network_rdy_3),
    .val_3  (~network_val_3),
    .credit_from_fpga(credit_from_fpga)
);
//TODO: determine if full/empty are active high or low
//input-output fixed to 64 bits












 // ifndef PITON_PROTO
async_fifo #(
.DSIZE(64),
.ASIZE(4),
.MEMSIZE(8) )
async_fifo_1(
    .rreset(rst),
    .wreset(rst),
    .wclk(wr_clk),
    .rclk(rd_clk),
    .ren(network_rdy_1 && async_mux),
    .wval(bin_val_1 && async_mux),
    .wdata(bin_data_1),
    .rdata(async_network_data_1),
    .wfull(async_fifo1_full),
    .rempty(async_network_val_1)
);
 // endif PITON_PROTO













 // ifndef PITON_PROTO
async_fifo #(
.DSIZE(64),
.ASIZE(4),
.MEMSIZE(8) )
async_fifo_2(
    .rreset(rst),
    .wreset(rst),
    .wclk(wr_clk),
    .rclk(rd_clk),
    .ren(network_rdy_2 && async_mux),
    .wval(bin_val_2 && async_mux),
    .wdata(bin_data_2),
    .rdata(async_network_data_2),
    .wfull(async_fifo2_full),
    .rempty(async_network_val_2)
);
 // endif PITON_PROTO













 // ifndef PITON_PROTO
async_fifo #(
.DSIZE(64),
.ASIZE(4),
.MEMSIZE(8) )
async_fifo_3(
    .rreset(rst),
    .wreset(rst),
    .wclk(wr_clk),
    .rclk(rd_clk),
    .ren(network_rdy_3 && async_mux),
    .wval(bin_val_3 && async_mux),
    .wdata(bin_data_3),
    .rdata(async_network_data_3),
    .wfull(async_fifo3_full),
    .rempty(async_network_val_3)
);
 // endif PITON_PROTO
















 // ifndef PITON_PROTO
sync_fifo #(
.DSIZE(64),
.ASIZE(4),
.MEMSIZE(8) )
sync_fifo_1(
    .reset(rst),
    .clk(rd_clk),
    .ren(network_rdy_1 && ~async_mux),
    .wval(bin_val_1 && ~async_mux),
    .wdata(bin_data_1),
    .rdata(sync_network_data_1),
    .full(sync_fifo1_full),
    .empty(sync_network_val_1)
);
 // endif PITON_PROTO
















 // ifndef PITON_PROTO
sync_fifo #(
.DSIZE(64),
.ASIZE(4),
.MEMSIZE(8) )
sync_fifo_2(
    .reset(rst),
    .clk(rd_clk),
    .ren(network_rdy_2 && ~async_mux),
    .wval(bin_val_2 && ~async_mux),
    .wdata(bin_data_2),
    .rdata(sync_network_data_2),
    .full(sync_fifo2_full),
    .empty(sync_network_val_2)
);
 // endif PITON_PROTO
















 // ifndef PITON_PROTO
sync_fifo #(
.DSIZE(64),
.ASIZE(4),
.MEMSIZE(8) )
sync_fifo_3(
    .reset(rst),
    .clk(rd_clk),
    .ren(network_rdy_3 && ~async_mux),
    .wval(bin_val_3 && ~async_mux),
    .wdata(bin_data_3),
    .rdata(sync_network_data_3),
    .full(sync_fifo3_full),
    .empty(sync_network_val_3)
);
 // endif PITON_PROTO

assign network_val_1  = async_mux ? async_network_val_1 : sync_network_val_1;
assign network_val_2  = async_mux ? async_network_val_2 : sync_network_val_2;
assign network_val_3  = async_mux ? async_network_val_3 : sync_network_val_3;

assign network_data_1  = async_mux ? async_network_data_1 : sync_network_data_1;
assign network_data_2  = async_mux ? async_network_data_2 : sync_network_data_2;
assign network_data_3  = async_mux ? async_network_data_3 : sync_network_data_3;

assign fifo1_full = async_mux ? async_fifo1_full : sync_fifo1_full;
assign fifo2_full = async_mux ? async_fifo2_full : sync_fifo2_full;
assign fifo3_full = async_mux ? async_fifo3_full : sync_fifo3_full;

always @(posedge rd_clk) begin


 // ifndef PITON_PROTO
    if(rst) begin
 // endif PITON_PROTO
        serial_buffer_data <= 32'd0;
        serial_buffer_data_f <= 32'd0;
        serial_buffer_channel <= 2'd0;
        serial_buffer_channel_dup <= 2'd0;
        serial_buffer_data_counter <= 1'b1;
    end
    else begin
        if( channel_to_serial_buffer != 0 && serial_buffer_data_counter == 1) begin
            
            serial_buffer_data_f <= data_to_serial_buffer[31:0];
            serial_buffer_data <= data_to_serial_buffer[63:32];
            serial_buffer_channel <= channel_to_serial_buffer;
            serial_buffer_channel_dup <= channel_to_serial_buffer;

            serial_buffer_data_counter <= serial_buffer_data_counter + 1'b1;
        end
        else if( serial_buffer_channel_dup != 0 && serial_buffer_data_counter != 1'b1) begin
            serial_buffer_data_f <= serial_buffer_data;

            serial_buffer_data_counter <= serial_buffer_data_counter + 1'b1;
        end
        else begin
            serial_buffer_data_counter <= 1'b1;
            serial_buffer_channel <= channel_to_serial_buffer;
            serial_buffer_channel_dup <= channel_to_serial_buffer;
        end
    end
end 

endmodule
/*
Copyright (c) 2015 Princeton University
All rights reserved.

Redistribution and use in source and binary forms, with or without
modification, are permitted provided that the following conditions are met:
    * Redistributions of source code must retain the above copyright
      notice, this list of conditions and the following disclaimer.
    * Redistributions in binary form must reproduce the above copyright
      notice, this list of conditions and the following disclaimer in the
      documentation and/or other materials provided with the distribution.
    * Neither the name of Princeton University nor the
      names of its contributors may be used to endorse or promote products
      derived from this software without specific prior written permission.

THIS SOFTWARE IS PROVIDED BY PRINCETON UNIVERSITY "AS IS" AND
ANY EXPRESS OR IMPLIED WARRANTIES, INCLUDING, BUT NOT LIMITED TO, THE IMPLIED
WARRANTIES OF MERCHANTABILITY AND FITNESS FOR A PARTICULAR PURPOSE ARE
DISCLAIMED. IN NO EVENT SHALL PRINCETON UNIVERSITY BE LIABLE FOR ANY
DIRECT, INDIRECT, INCIDENTAL, SPECIAL, EXEMPLARY, OR CONSEQUENTIAL DAMAGES
(INCLUDING, BUT NOT LIMITED TO, PROCUREMENT OF SUBSTITUTE GOODS OR SERVICES;
LOSS OF USE, DATA, OR PROFITS; OR BUSINESS INTERRUPTION) HOWEVER CAUSED AND
ON ANY THEORY OF LIABILITY, WHETHER IN CONTRACT, STRICT LIABILITY, OR TORT
(INCLUDING NEGLIGENCE OR OTHERWISE) ARISING IN ANY WAY OUT OF THE USE OF THIS
SOFTWARE, EVEN IF ADVISED OF THE POSSIBILITY OF SUCH DAMAGE.
*/

/********************************************************************
 * 
 * Module encapsulates logic used to choose between 3 on chip networks
 * based upon round robin ordering factoring in which networks are 
 * empty and which have been given priority previously
 * *******************************************************************/


`timescale 1ns/1ps

module bridge_network_chooser(
    rst,
    clk,
    data_out,
    data_channel,
    din_1,
    rdy_1,
    val_1,
    din_2,
    rdy_2,
    val_2,
    din_3,
    rdy_3,
    val_3,
    credit_from_fpga
);


input rst;
input clk;

input [63:0] din_1;
input [63:0] din_2;
input [63:0] din_3;
input        val_1;
input        val_2;
input        val_3;
input [ 2:0] credit_from_fpga;

output [63:0] data_out;
output [ 1:0] data_channel;
output        rdy_1;
output        rdy_2;
output        rdy_3;

reg [8:0] credit_1; //holds the number of in flight instructions
reg [8:0] credit_2;
reg [8:0] credit_3;

wire [1:0] select;
reg  [1:0] select_reg;
reg  [0:0] select_counter;

reg sel_23;
reg sel_13;
reg sel_12;
reg [1:0] sel_123;


/*********************************************************
//Combinational Logic
*********************************************************/
assign data_out =   rdy_1 ? din_1 :
                    rdy_2 ? din_2 :
                    rdy_3 ? din_3 : 64'd0;

assign data_channel = select; 

assign rdy_1 = (select == 2'b01 && select_counter == 1'b0) ? 1'b1 : 1'b0;
assign rdy_2 = (select == 2'b10 && select_counter == 1'b0) ? 1'b1 : 1'b0;
assign rdy_3 = (select == 2'b11 && select_counter == 1'b0) ? 1'b1 : 1'b0;

assign select = ( (select_counter != 1'b0         ) )   ? select_reg :
                ( (credit_1 == 9'd255 || ~val_1) &&            //3 networks full
                  (credit_2 == 9'd255 || ~val_2) && 
                  (credit_3 == 9'd255 || ~val_3) )   ? 2'b00  :
                ( (credit_2 == 9'd255 || ~val_2) &&            //2 networks full
                  (credit_3 == 9'd255 || ~val_3) )   ? 2'b01  :
                ( (credit_1 == 9'd255 || ~val_1) &&
                  (credit_3 == 9'd255 || ~val_3) )   ? 2'b10  :
                ( (credit_1 == 9'd255 || ~val_1) &&
                  (credit_2 == 9'd255 || ~val_2) )   ? 2'b11  :
                ( (credit_1 == 9'd255 || ~val_1) )   ? (sel_23 ? 2'b11 : 2'b10) : //1 network full
                ( (credit_2 == 9'd255 || ~val_2) )   ? (sel_13 ? 2'b11 : 2'b01) :
                ( (credit_3 == 9'd255 || ~val_3) )   ? (sel_12 ? 2'b10 : 2'b01) :
                                                sel_123; //0 networks full


/*********************************************************
//Sequential Logic
*********************************************************/

always @(posedge clk) begin
    if(rst) begin
        select_reg <= 2'd0;
    end
    else begin
        select_reg <= select;
    end
end

always @(posedge clk) begin
    if(rst) begin
        credit_1 <= 9'd0;
        credit_2 <= 9'd0;
        credit_3 <= 9'd0;
        sel_23 <= 0;
        sel_13 <= 0;
        sel_12 <= 0;
        sel_123 <= 0;

        select_counter <= 0;
    end
    else begin
        //update select hold
        if(select == 0) begin
            select_counter <= 0;
        end
        else begin
            select_counter <= select_counter + 2'b01; 
        end

        //update incoming credits
        if(credit_from_fpga[0] & ~(rdy_1 & val_1)) begin
            credit_1 <= credit_1 - 9'd1;
        end
        if(credit_from_fpga[1] & ~(rdy_2 & val_2)) begin
            credit_2 <= credit_2 - 9'd1;
        end
        if(credit_from_fpga[2] & ~(rdy_3 & val_3)) begin
            credit_3 <= credit_3 - 9'd1;
        end
        
        if((credit_1 < 9'd255) &&
           (credit_2 < 9'd255) &&
           (credit_3 < 9'd255) &&
           (sel_123 == 0)         )
            sel_123 <= 2'b01;

        //update outgoing credits
        if(rdy_1 & val_1) begin
            sel_13 <= 1;
            sel_12 <= 1;
            if (sel_123 == 2'b01) begin
                sel_123 <= 2'b10;
            end
            if(~credit_from_fpga[0]) begin
                credit_1 <= credit_1 + 9'd1;
            end
        end 
        if(rdy_2 & val_2) begin
            sel_23 <= 1;
            sel_12 <= 0;
            if (sel_123 == 2'b10) begin
                sel_123 <= 2'b11;
            end
            if( ~credit_from_fpga[1]) begin
                credit_2 <= credit_2 + 9'd1;
            end
        end
        if(rdy_3 & val_3) begin
            sel_23 <= 0;
            sel_13 <= 0;
            if (sel_123 == 2'b11) begin
                sel_123 <= 2'b01;
            end
            if (~credit_from_fpga[2]) begin
                credit_3 <= credit_3 + 9'd1;
            end
        end


    end
end //end always

endmodule
/*
Copyright (c) 2015 Princeton University
All rights reserved.

Redistribution and use in source and binary forms, with or without
modification, are permitted provided that the following conditions are met:
    * Redistributions of source code must retain the above copyright
      notice, this list of conditions and the following disclaimer.
    * Redistributions in binary form must reproduce the above copyright
      notice, this list of conditions and the following disclaimer in the
      documentation and/or other materials provided with the distribution.
    * Neither the name of Princeton University nor the
      names of its contributors may be used to endorse or promote products
      derived from this software without specific prior written permission.

THIS SOFTWARE IS PROVIDED BY PRINCETON UNIVERSITY "AS IS" AND
ANY EXPRESS OR IMPLIED WARRANTIES, INCLUDING, BUT NOT LIMITED TO, THE IMPLIED
WARRANTIES OF MERCHANTABILITY AND FITNESS FOR A PARTICULAR PURPOSE ARE
DISCLAIMED. IN NO EVENT SHALL PRINCETON UNIVERSITY BE LIABLE FOR ANY
DIRECT, INDIRECT, INCIDENTAL, SPECIAL, EXEMPLARY, OR CONSEQUENTIAL DAMAGES
(INCLUDING, BUT NOT LIMITED TO, PROCUREMENT OF SUBSTITUTE GOODS OR SERVICES;
LOSS OF USE, DATA, OR PROFITS; OR BUSINESS INTERRUPTION) HOWEVER CAUSED AND
ON ANY THEORY OF LIABILITY, WHETHER IN CONTRACT, STRICT LIABILITY, OR TORT
(INCLUDING NEGLIGENCE OR OTHERWISE) ARISING IN ANY WAY OUT OF THE USE OF THIS
SOFTWARE, EVEN IF ADVISED OF THE POSSIBILITY OF SUCH DAMAGE.
*/

//top level module for chip_send tests 

//`timescale 1ns/1ps
module chip_bridge(
    rst_n,
    chip_clk,
    intcnct_clk,
    async_mux,
    network_out_1,
    network_out_2,
    network_out_3,
    data_out_val_1,
    data_out_val_2,
    data_out_val_3,
    data_out_rdy_1,
    data_out_rdy_2,
    data_out_rdy_3,
    intcnct_data_in,
    intcnct_channel_in,
    intcnct_credit_back_in,
    network_in_1,
    network_in_2,
    network_in_3,
    data_in_val_1,
    data_in_val_2,
    data_in_val_3,
    data_in_rdy_1,
    data_in_rdy_2,
    data_in_rdy_3,
    intcnct_data_out,
    intcnct_channel_out,
    intcnct_credit_back_out
//    dbg_interconnect_data,
//    dbg_interconnect_channel
);

input           rst_n;
input           chip_clk;
input           intcnct_clk;
input           async_mux;

input  [63:0]   network_out_1;
input  [63:0]   network_out_2;
input  [63:0]   network_out_3;
input           data_out_val_1;
input           data_out_val_2;
input           data_out_val_3;
output          data_out_rdy_1;
output          data_out_rdy_2;
output          data_out_rdy_3;

output [31:0]   intcnct_data_out;
output [1:0]    intcnct_channel_out;
input  [2:0]    intcnct_credit_back_out;

output [63:0]   network_in_1;
output [63:0]   network_in_2;
output [63:0]   network_in_3;
output          data_in_val_1;
output          data_in_val_2;
output          data_in_val_3;
input           data_in_rdy_1;
input           data_in_rdy_2;
input           data_in_rdy_3;

input  [31:0]   intcnct_data_in;
input  [1:0]    intcnct_channel_in;
output [2:0]    intcnct_credit_back_in;

//output [31:0]   dbg_interconnect_data;
//output [1:0]    dbg_interconnect_channel;

//assign dbg_interconnect_data = intcnct_data;
//assign dbg_interconnect_channel = intcnct_channel;

chip_bridge_out chip_fpga_out(
    .rst(~rst_n), 
    .wr_clk(chip_clk),
    .rd_clk(intcnct_clk),
    .async_mux(async_mux),
    .bin_data_1(network_out_1),
    .bin_val_1(data_out_val_1),
    .bin_rdy_1(data_out_rdy_1),
    .bin_data_2(network_out_2),
    .bin_val_2(data_out_val_2),
    .bin_rdy_2(data_out_rdy_2),
    .bin_data_3(network_out_3),
    .bin_val_3(data_out_val_3),
    .bin_rdy_3(data_out_rdy_3),
    .data_to_fpga(intcnct_data_out),
    .data_channel(intcnct_channel_out),
    .credit_from_fpga(intcnct_credit_back_out)
    );  

chip_bridge_in chip_fpga_in(
    .rst(~rst_n), 
    .wr_clk(intcnct_clk),
    .rd_clk(chip_clk),
    .async_mux(async_mux),
    .bout_data_1(network_in_1),
    .bout_val_1(data_in_val_1),
    .bout_rdy_1(data_in_rdy_1),
    .bout_data_2(network_in_2),
    .bout_val_2(data_in_val_2),
    .bout_rdy_2(data_in_rdy_2),
    .bout_data_3(network_in_3),
    .bout_val_3(data_in_val_3),
    .bout_rdy_3(data_in_rdy_3),
    .data_from_fpga(intcnct_data_in),
    .data_channel(intcnct_channel_in),
    .credit_to_fpga(intcnct_credit_back_in)
    );

endmodule